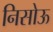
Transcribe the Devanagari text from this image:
निसोऊ